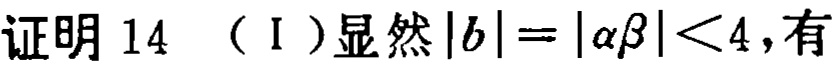
证明 14 （I ）显然\(|b| = |\alpha\beta| < 4\)，有